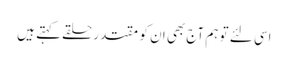
اسی لئے تو ہم آج بھی ان کو مقتدر حلقے کہتے ہیں